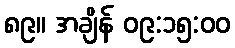
၈၉။ အချိန် ၀၉:၁၅:၀၀